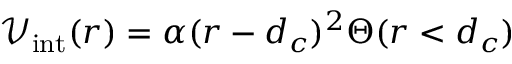
\mathcal { V } _ { \mathrm { i n t } } ( r ) = \alpha ( r - d _ { c } ) ^ { 2 } \Theta ( r < d _ { c } )